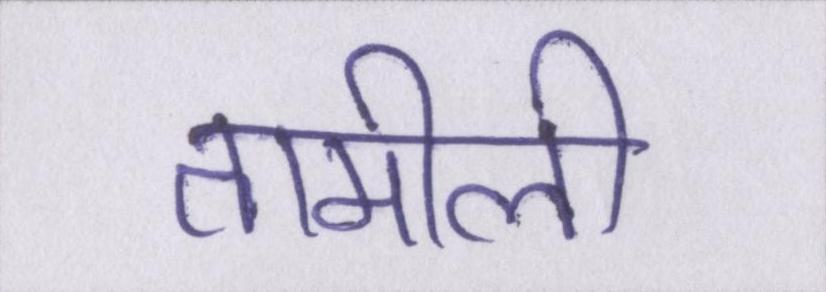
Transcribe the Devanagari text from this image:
तामीली